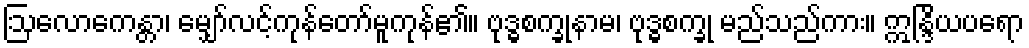
ဩလောကေန္တာ၊ မျှော်လင့်ကုန်တော်မူကုန်၏။ ဗုဒ္ဓစက္ခုနာမ၊ ဗုဒ္ဓစက္ခု မည်သည်ကား။ ဣန္ဒြိယပရော